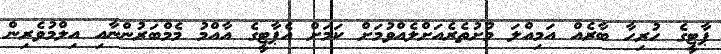
ޕާޓީގެ ހުރިހާ ބާރެއް އަމިއްލަ މުށުތެރެއަށްލެއްވުމަށް ކަމަށް އެޕާޓީގެ އާއްމު މެމްބަރުންނާއި އިލްމުވެރިން